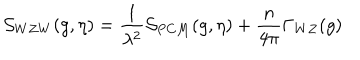
LaTeX: { \cal S } _ { W Z W } ( g , \eta ) = { \frac { 1 } { \lambda ^ { 2 } } } { \cal S } _ { P C M } ( g , \eta ) + { \frac { n } { 4 \pi } } \Gamma _ { W Z } ( g )